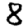
Digit: 8